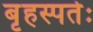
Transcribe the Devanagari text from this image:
बृहस्पतेः